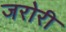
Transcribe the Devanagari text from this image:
जरोरी